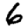
Digit: 6